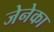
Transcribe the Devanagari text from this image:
जेनेका